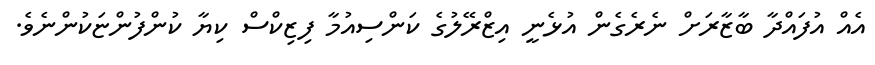
އެއް އުފައްދާ ބާޒާރަށް ނެރެގެން އުޅެނީ އިޒްރޭލުގެ ކަންސިއުމާ ފިޒިކްސް ކިޔާ ކުންފުންޏަކުންނެވެ.